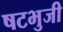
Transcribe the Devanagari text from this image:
षटभुजी